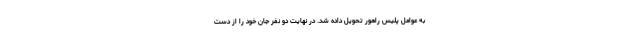
به عوامل پلیس راهور تحویل داده شد. در نهایت دو نفر جان خود را از دست